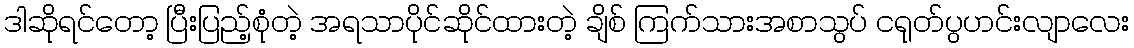
ဒါဆိုရင်တော့ ပြီးပြည့်စုံတဲ့ အရသာပိုင်ဆိုင်ထားတဲ့ ချိစ် ကြက်သားအစာသွပ် ငရုတ်ပွဟင်းလျာလေး